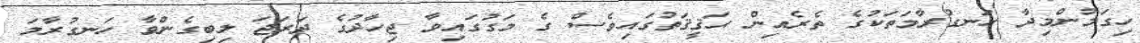
ހިގަމުންމިދާ ހަނގުރާމަތަކުގެ ތެރެއިން ޙަޤީޤަތުގައިވެސް ގެ މަގުގައިވާ ޖިހާދުގެ ދަރަޖަ ލިބިގެންވާ ހަނގުރާމަ